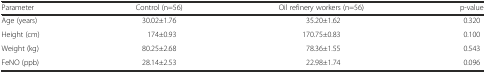
<table><thead><tr><td><b>Parameter</b></td><td><b>Control (n=56)</b></td><td><b>Oil refinery workers (n=56)</b></td><td><b>p-value</b></td></tr></thead><tbody><tr><td>Age (years)</td><td>30.02±1.76</td><td>35.20±1.62</td><td>0.320</td></tr><tr><td>Height (cm)</td><td>174±0.93</td><td>170.75±0.83</td><td>0.100</td></tr><tr><td>Weight (kg)</td><td>80.25±2.68</td><td>78.36±1.55</td><td>0.543</td></tr><tr><td>FeNO (ppb)</td><td>28.14±2.53</td><td>22.98±1.74</td><td>0.096</td></tr></tbody></table>